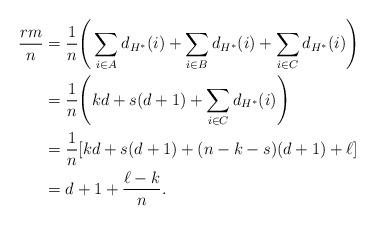
LaTeX: \begin{align*}\frac{rm}{n} & =\frac{1}{n}\Bigg(\sum_{i\in A}d_{H^*}(i)+\sum_{i\in B}d_{H^*}(i)+\sum_{i\in C}d_{H^*}(i)\Bigg)\\& =\frac1n\Bigg(kd+s(d+1)+\sum_{i\in C}d_{H^*}(i)\Bigg)\\& =\frac1n[kd+s(d+1)+(n-k-s)(d+1)+\ell]\\& =d+1+\frac{\ell-k}{n}.\end{align*}